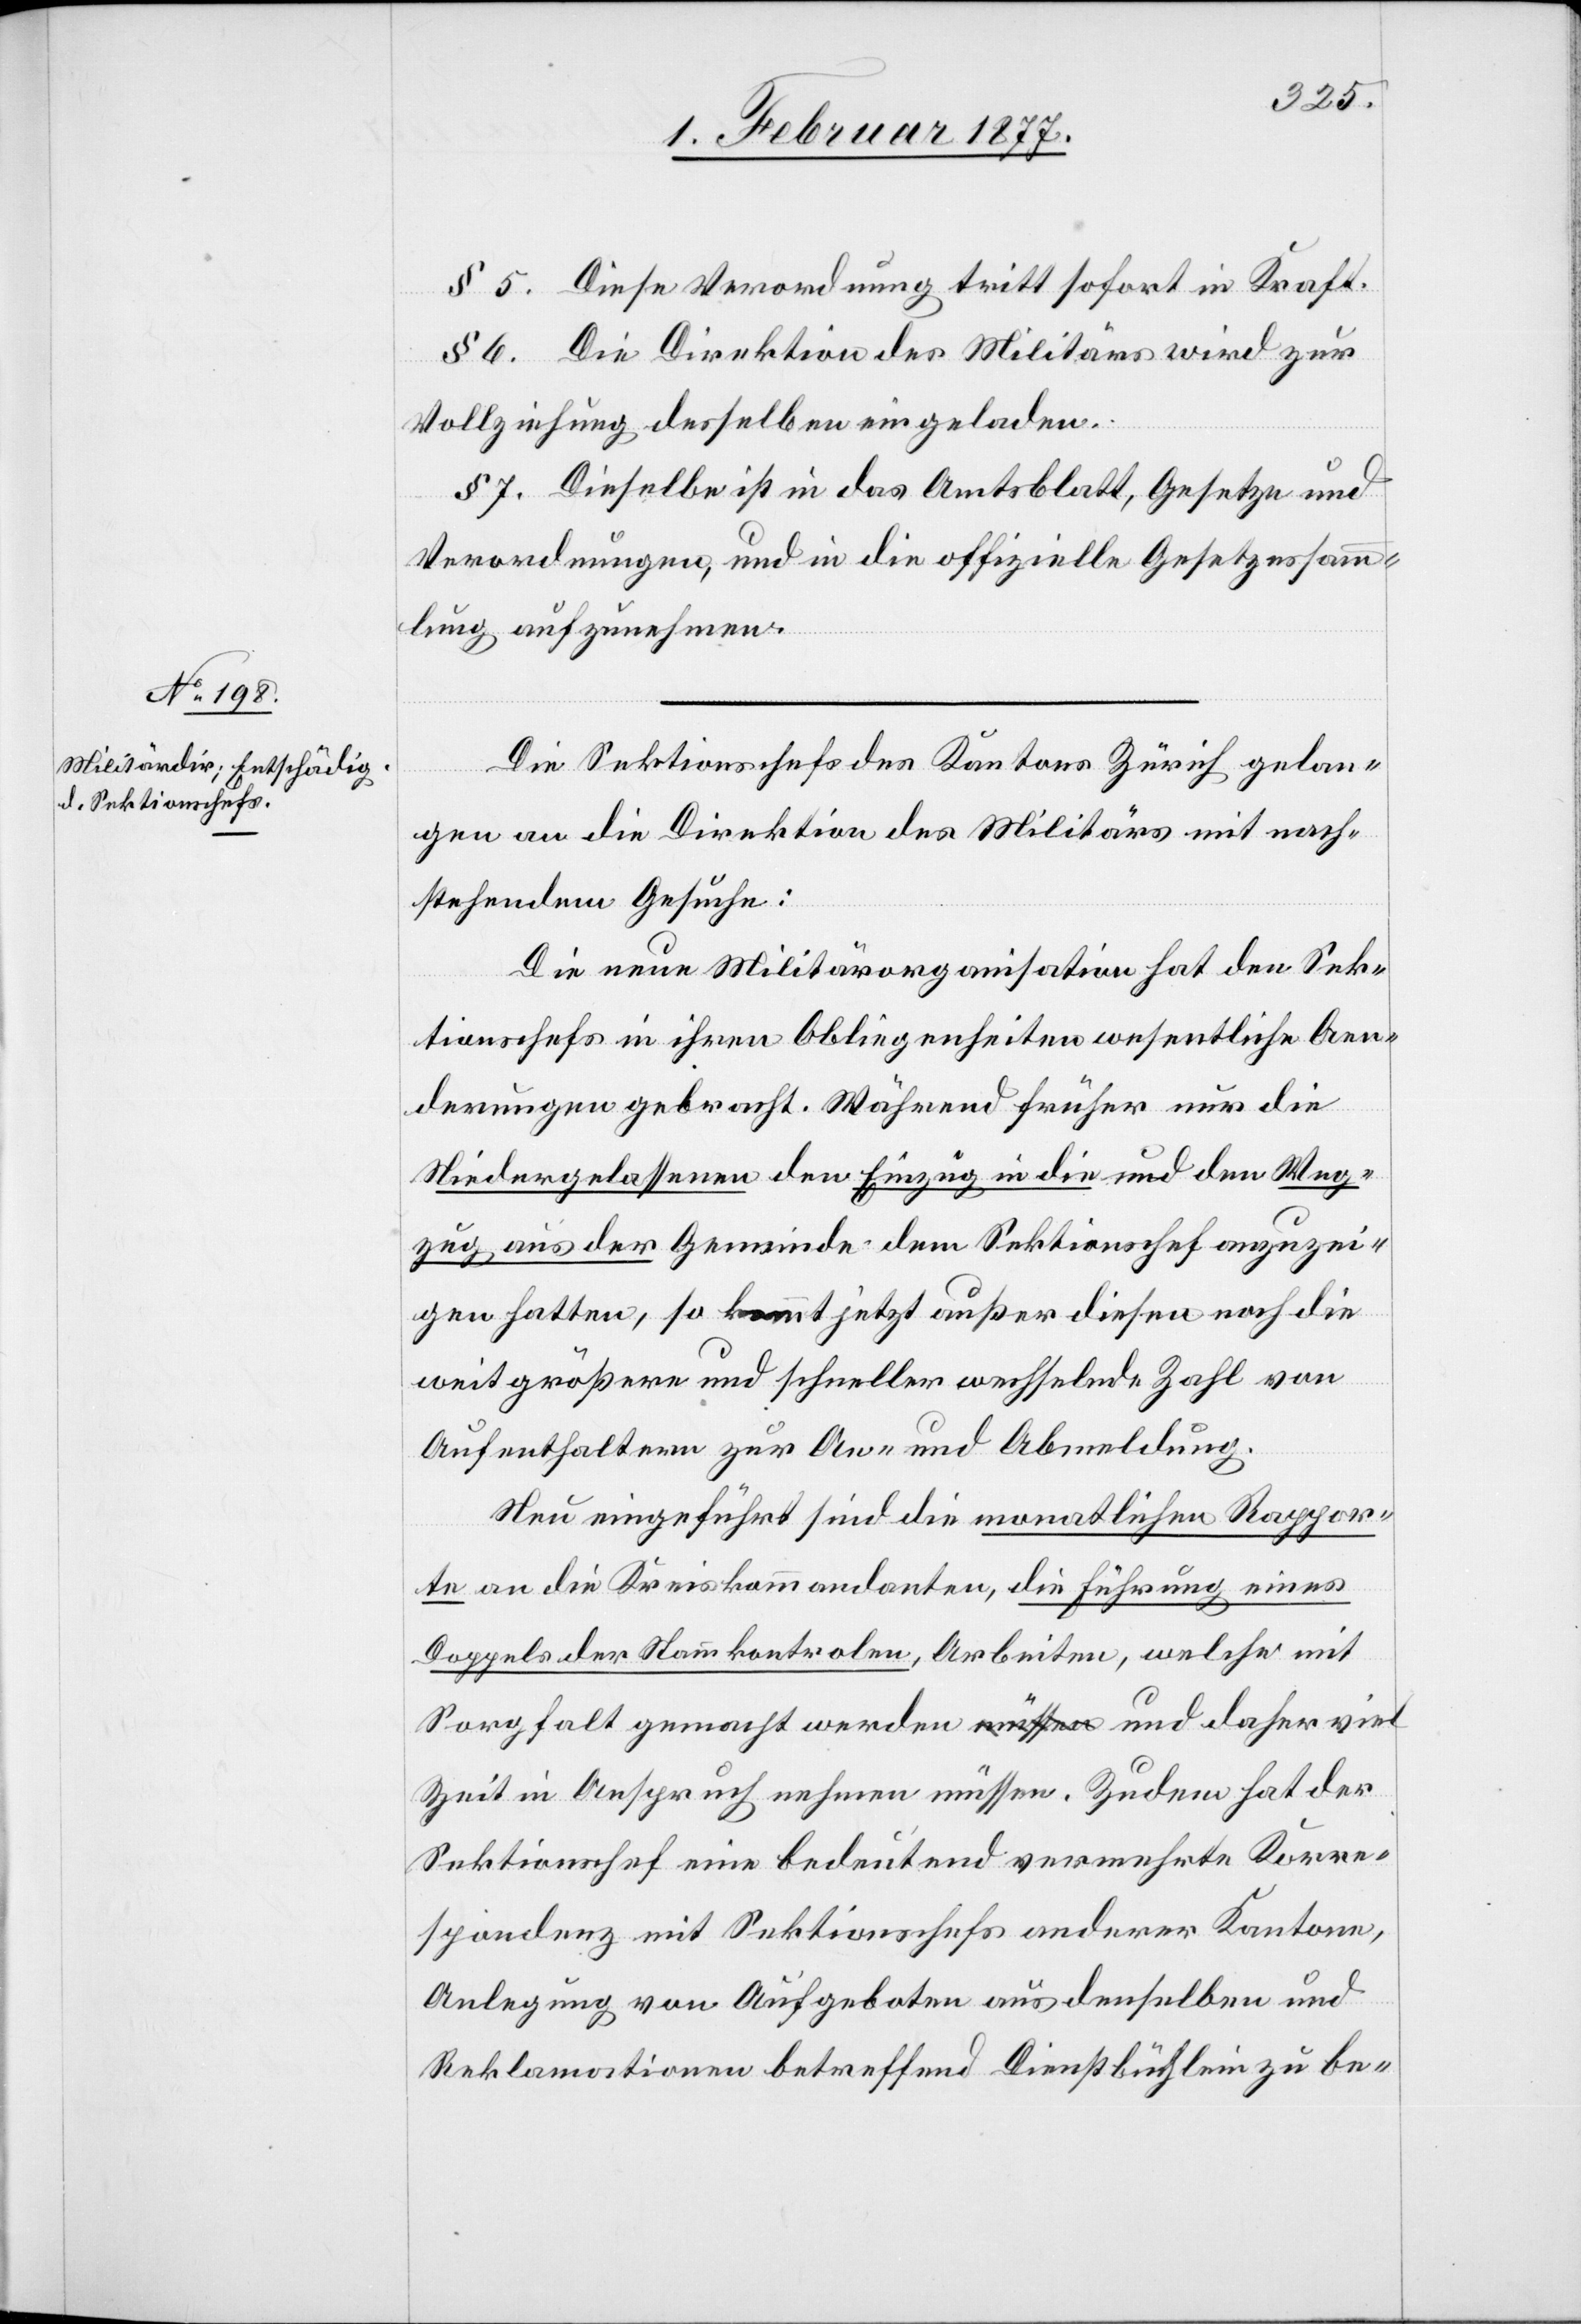
Die Sektionschefs des Kantons Zürich gelan¬
gen an die Direktion des Militärs mit nach¬
stehendem Gesuche:
Die neue Militärorganisation hat den Sek¬
tionschefs in ihren Obliegenheiten wesentliche Aen¬
derungen gebracht. Während früher nur die
Niedergelassenen den Einzug in die und den Weg¬
zug aus der Gemeinde dem Sektionschef anzuzei¬
gen hatten, so kommt jetzt außer diesen noch die
weit größere und schneller wechselnde Zahl von
Aufenthaltern zur An- und Abmeldung.
Neu eingeführt sind die monatlichen Rappor¬
te an die Kreiskommandanten, die Führung eines
Doppels der Stammkontrolen, Arbeiten, welche mit
Sorgfalt gemacht werden und daher viel
Zeit in Anspruch nehmen müssen. Zudem hat der
Sektionschef eine bedeutend vermehrte Korre¬
spondenz mit Sektionschefs anderer Kantone,
Anlegung von Aufgeboten aus denselben und
Reklamationen betreffend Dienstbüchlein zu be-